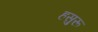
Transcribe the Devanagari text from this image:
हसुरू